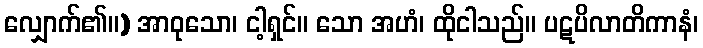
လျှောက်၏။) အာဝုသော၊ ငါ့ရှင်။ သော အဟံ၊ ထိုငါသည်။ ပဋပိလာတိကာနံ၊